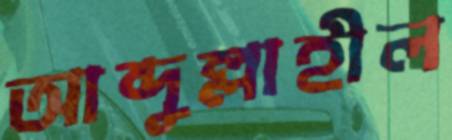
আব্দুল্লাহীল